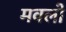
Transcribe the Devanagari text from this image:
मवलो